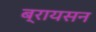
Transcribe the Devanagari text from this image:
ब्रायसन